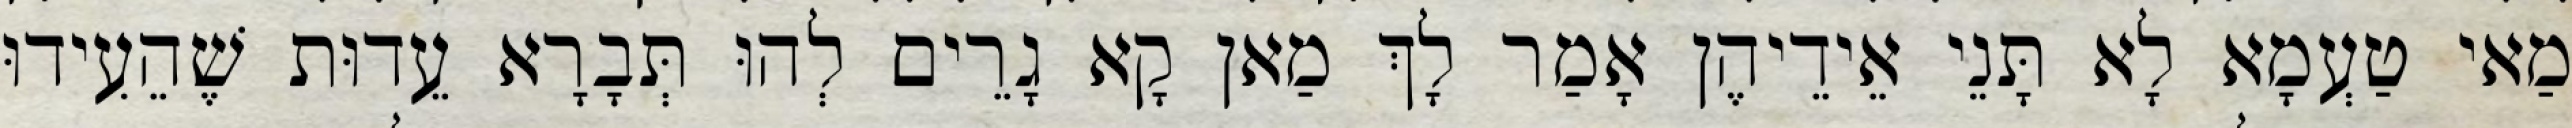
מַאי טַעְמָא לָא תָּנֵי אֵידֵיהֶן אָמַר לָךְ מַאן קָא גָרֵים לְהוּ תְּבָרָא עֵדוּת שֶׁהֵעִידוּ